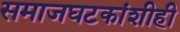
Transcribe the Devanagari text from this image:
समाजघटकांशीही